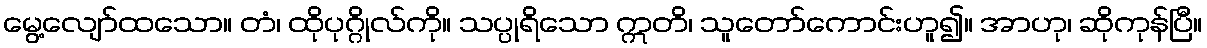
မွေ့လျော်ထသော။ တံ၊ ထိုပုဂ္ဂိုလ်ကို။ သပ္ပုရိသော ဣတိ၊ သူတော်ကောင်းဟူ၍။ အာဟု၊ ဆိုကုန်ပြီ။